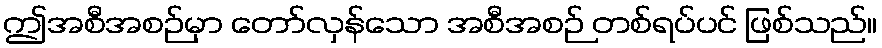
ဤအစီအစဉ်မှာ တော်လှန်သော အစီအစဉ် တစ်ရပ်ပင် ဖြစ်သည်။